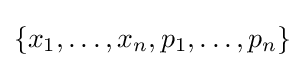
\{x_{1},\dots ,x_{n},p_{1},\dots ,p_{n}\}